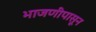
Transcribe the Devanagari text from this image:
भाजणीपासून